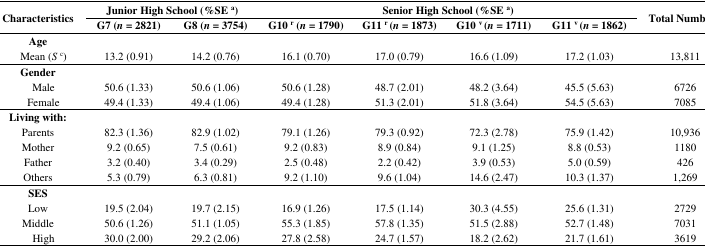
<table><thead><tr><td rowspan="2"><b>Characteristics</b></td><td colspan="2"><b>Junior High School (%SE<sup>a</sup>)</b></td><td colspan="4"><b>Senior High School (%SE<sup>a</sup>)</b></td><td rowspan="2"><b>Total Number<sup>b</sup></b></td></tr><tr><td><b>G7 (<i>n</i> = 2821)</b></td><td><b>G8 (<i>n</i> = 3754)</b></td><td><b>G10<sup>r</sup> (<i>n</i> = 1790)</b></td><td><b>G11<sup>r</sup> (<i>n</i> = 1873)</b></td><td><b>G10<sup>v</sup> (<i>n</i> = 1711)</b></td><td><b>G11<sup>v</sup> (<i>n</i> = 1862)</b></td></tr></thead><tbody><tr><td><b>Age</b></td><td></td><td></td><td></td><td></td><td></td><td></td><td></td></tr><tr><td>Mean (<i>S</i><sup>c</sup>)</td><td>13.2 (0.91)</td><td>14.2 (0.76)</td><td>16.1 (0.70)</td><td>17.0 (0.79)</td><td>16.6 (1.09)</td><td>17.2 (1.03)</td><td>13,811</td></tr><tr><td><b>Gender</b></td><td></td><td></td><td></td><td></td><td></td><td></td><td></td></tr><tr><td>Male</td><td>50.6 (1.33)</td><td>50.6 (1.06)</td><td>50.6 (1.28)</td><td>48.7 (2.01)</td><td>48.2 (3.64)</td><td>45.5 (5.63)</td><td>6726</td></tr><tr><td>Female</td><td>49.4 (1.33)</td><td>49.4 (1.06)</td><td>49.4 (1.28)</td><td>51.3 (2.01)</td><td>51.8 (3.64)</td><td>54.5 (5.63)</td><td>7085</td></tr><tr><td><b>Living with:</b></td><td></td><td></td><td></td><td></td><td></td><td></td><td></td></tr><tr><td>Parents</td><td>82.3 (1.36)</td><td>82.9 (1.02)</td><td>79.1 (1.26)</td><td>79.3 (0.92)</td><td>72.3 (2.78)</td><td>75.9 (1.42)</td><td>10,936</td></tr><tr><td>Mother</td><td>9.2 (0.65)</td><td>7.5 (0.61)</td><td>9.2 (0.83)</td><td>8.9 (0.84)</td><td>9.1 (1.25)</td><td>8.8 (0.53)</td><td>1180</td></tr><tr><td>Father</td><td>3.2 (0.40)</td><td>3.4 (0.29)</td><td>2.5 (0.48)</td><td>2.2 (0.42)</td><td>3.9 (0.53)</td><td>5.0 (0.59)</td><td>426</td></tr><tr><td>Others</td><td>5.3 (0.79)</td><td>6.3 (0.81)</td><td>9.2 (1.10)</td><td>9.6 (1.04)</td><td>14.6 (2.47)</td><td>10.3 (1.37)</td><td>1,269</td></tr><tr><td><b>SES</b></td><td></td><td></td><td></td><td></td><td></td><td></td><td></td></tr><tr><td>Low</td><td>19.5 (2.04)</td><td>19.7 (2.15)</td><td>16.9 (1.26)</td><td>17.5 (1.14)</td><td>30.3 (4.55)</td><td>25.6 (1.31)</td><td>2729</td></tr><tr><td>Middle</td><td>50.6 (1.26)</td><td>51.1 (1.05)</td><td>55.3 (1.85)</td><td>57.8 (1.35)</td><td>51.5 (2.88)</td><td>52.7 (1.48)</td><td>7031</td></tr><tr><td>High</td><td>30.0 (2.00)</td><td>29.2 (2.06)</td><td>27.8 (2.58)</td><td>24.7 (1.57)</td><td>18.2 (2.62)</td><td>21.7 (1.61)</td><td>3619</td></tr></tbody></table>